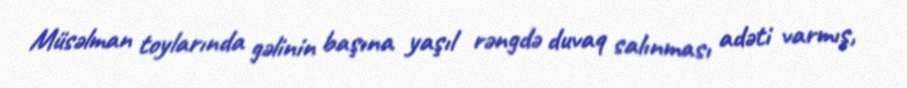
Müsəlman toylarında gəlinin başına yaşıl rəngdə duvaq salınması adəti varmış,